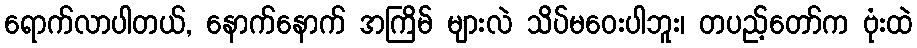
ရောက်လာပါတယ်, နောက်နောက် အကြိမ် များလဲ သိပ်မဝေးပါဘူး၊ တပည့်တော်က ဗုံးထဲ